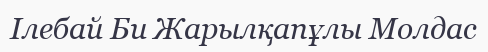
Ілебай Би Жарылқапұлы Молдас